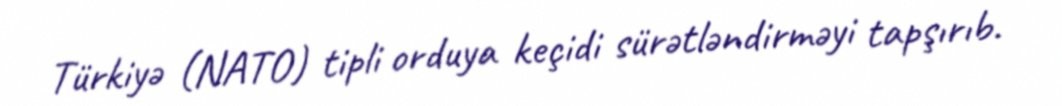
Türkiyə (NATO) tipli orduya keçidi sürətləndirməyi tapşırıb.